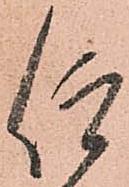
仰